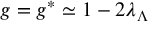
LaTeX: g = g ^ { * } \simeq 1 - 2 \lambda _ { \Lambda }